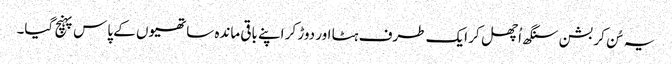
یہ سُن کر بشن سنگھ اُچھل کر ایک طرف ہٹا اور دوڑ کر اپنے باقی ماندہ ساتھیوں کے پاس پہنچ گیا۔